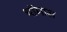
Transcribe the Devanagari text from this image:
थॉमास